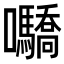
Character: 𡆌